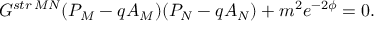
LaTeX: G ^ { s t r \, M N } ( P _ { M } - q A _ { M } ) ( P _ { N } - q A _ { N } ) + m ^ { 2 } e ^ { - 2 \phi } = 0 .